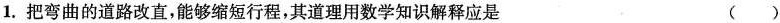
1. 把弯曲的道路改直，能够缩短行程，其道理用数学知识解释应是 ( )